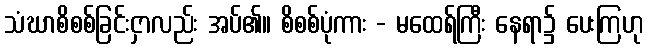
သံဃာစိစစ်ခြင်းငှာလည်း အပ်၏။ စိစစ်ပုံကား - မထေရ်ကြီး နေရာ၌ ပေးကြဟု